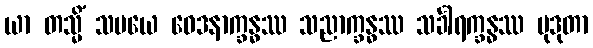
ယာ တသ္မိံ သမယေ ဝေဒနာက္ခန္ဓဿ သညာက္ခန္ဓဿ သင်္ခါရက္ခန္ဓဿ မုဒုတာ